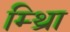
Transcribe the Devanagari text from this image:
म्थ्राि